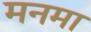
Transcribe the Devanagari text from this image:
मनमा